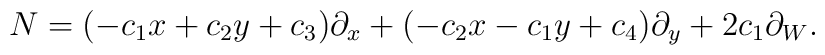
N=(-c_1x+c_2y+c_3)\partial_x+(-c_2x-c_1y+c_4)\partial_y+2c_1\partial_W.